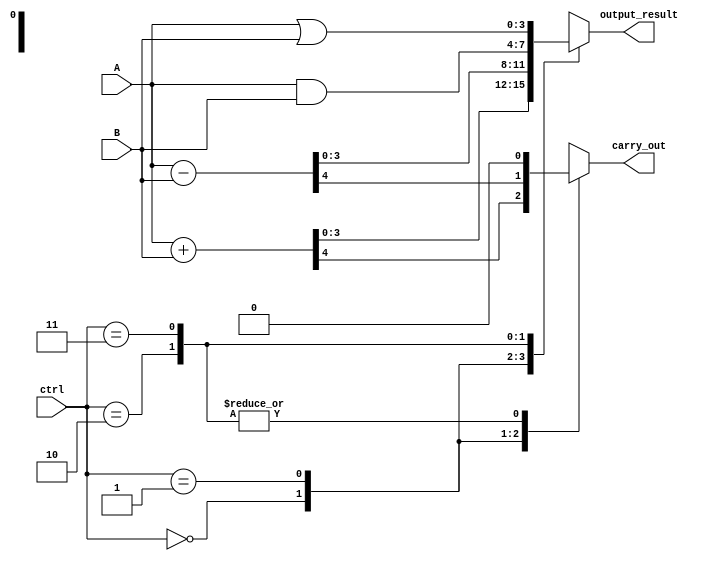
module ALU (
    input [3:0] A,
    input [3:0] B,
    input [1:0] ctrl,
    output [3:0] output_result,
    output carry_out
);

reg [3:0] output_result;
reg carry_out;

always @(*) begin
    case(ctrl)
        2'b00: // ADD operation
            begin
                {carry_out, output_result} = A + B;
            end
        2'b01: // SUB operation
            begin
                {carry_out, output_result} = A - B;
            end
        2'b10: // AND operation
            begin
                output_result = A & B;
                carry_out = 1'b0;
            end
        2'b11: // OR operation
            begin
                output_result = A | B;
                carry_out = 1'b0;
            end
        default:
            begin
                output_result = 4'b0000;
                carry_out = 1'b0;
            end
    endcase
end

endmodule